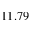
1 1 . 7 9